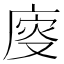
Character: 廀